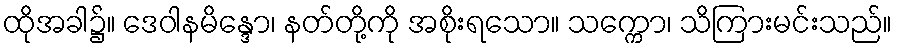
ထိုအခါ၌။ ဒေဝါနမိန္ဒော၊ နတ်တို့ကို အစိုးရသော။ သက္ကော၊ သိကြားမင်းသည်။